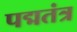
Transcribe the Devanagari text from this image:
पद्मतंत्र